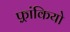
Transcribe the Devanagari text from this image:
फ़्रांकियो